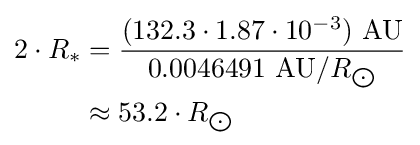
{\begin{aligned}2\cdot R_{*}&={\frac {(132.3\cdot 1.87\cdot 10^{-3})\ {\text{AU}}}{0.0046491\ {\text{AU}}/R_{\bigodot }}}\\&\approx 53.2\cdot R_{\bigodot }\end{aligned}}